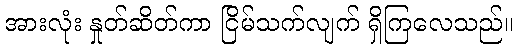
အားလုံး နှုတ်ဆိတ်ကာ ငြိမ်သက်လျက် ရှိကြလေသည်။